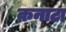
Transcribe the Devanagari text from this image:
कनाटा